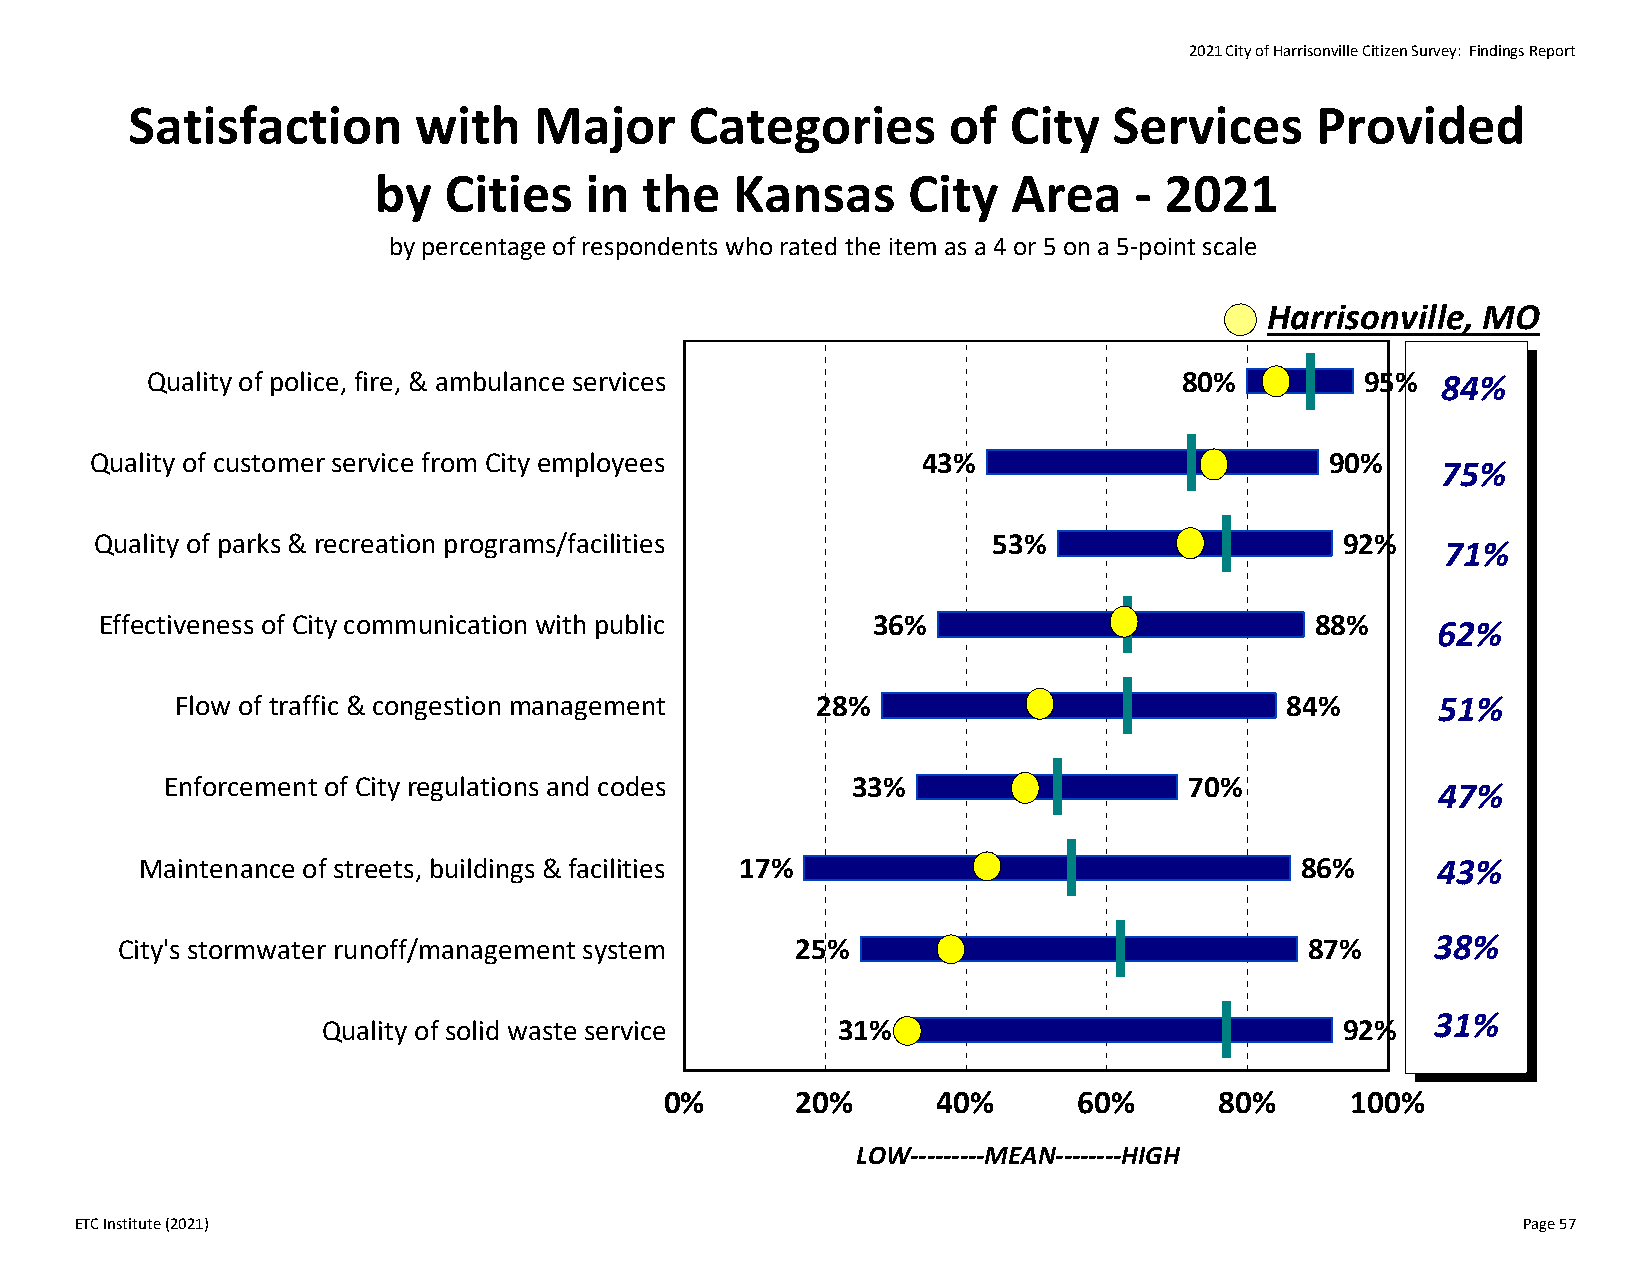
2021 City of Harrisonville Citizen Survey: Findings Report
 Satisfaction       with    Major      Categories       of  City   Services     Provided
 by  Cities    in  the   Kansas     City   Area    ‐ 2021
 by percentage of respondents who rated the item as a 4 or 5 on a 5‐point scale
 Harrisonville, MO
 Quality of police, fire, & ambulance services                       80%         95%  84%
 Quality of customer service from City employees        43%                        90%    75%
 Quality of parks & recreation programs/facilities           53%                    92%    71%
 Effectiveness of City communication with public    36%                          88%     62%
 Flow of traffic & congestion management   28%                            84%       51%
 Enforcement of City regulations and codes    33%                    70%             47%
 Maintenance of streets, buildings & facilities 17%                           86%      43%
 City's stormwater runoff/management system   25%                               87%     38%
 31%
 Quality of solid waste service    31%                               92%
 0%       20%      40%      60%       80%     100%
 LOW‐‐‐‐‐‐‐‐‐MEAN‐‐‐‐‐‐‐‐HIGH
 ETC Institute (2021)                                                                            Page 57